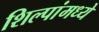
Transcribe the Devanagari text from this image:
शिल्पांमध्ये